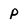
Character: p